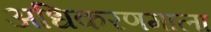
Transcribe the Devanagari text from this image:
अधिकरणमाला